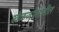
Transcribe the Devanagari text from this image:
खेळजगतातील